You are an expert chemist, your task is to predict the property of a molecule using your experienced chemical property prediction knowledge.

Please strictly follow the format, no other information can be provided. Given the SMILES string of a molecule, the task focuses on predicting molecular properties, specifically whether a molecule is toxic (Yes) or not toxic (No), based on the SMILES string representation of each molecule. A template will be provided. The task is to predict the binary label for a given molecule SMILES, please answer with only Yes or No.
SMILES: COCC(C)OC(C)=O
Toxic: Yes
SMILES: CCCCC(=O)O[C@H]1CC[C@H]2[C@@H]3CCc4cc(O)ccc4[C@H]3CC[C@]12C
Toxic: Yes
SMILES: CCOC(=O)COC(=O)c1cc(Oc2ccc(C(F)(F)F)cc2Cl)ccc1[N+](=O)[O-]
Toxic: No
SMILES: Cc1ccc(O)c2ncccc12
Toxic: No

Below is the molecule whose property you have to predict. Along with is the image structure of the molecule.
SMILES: CCCC(=O)Nc1ncnc2c1ncn2[C@@H]1O[C@@H]2COP(=O)(O)O[C@H]2[C@H]1OC(=O)CCC
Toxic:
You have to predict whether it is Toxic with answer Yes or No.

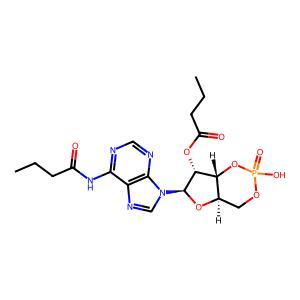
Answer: No